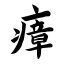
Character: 瘴